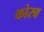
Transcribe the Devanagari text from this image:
कोरब